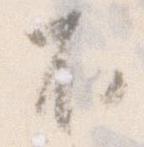
不